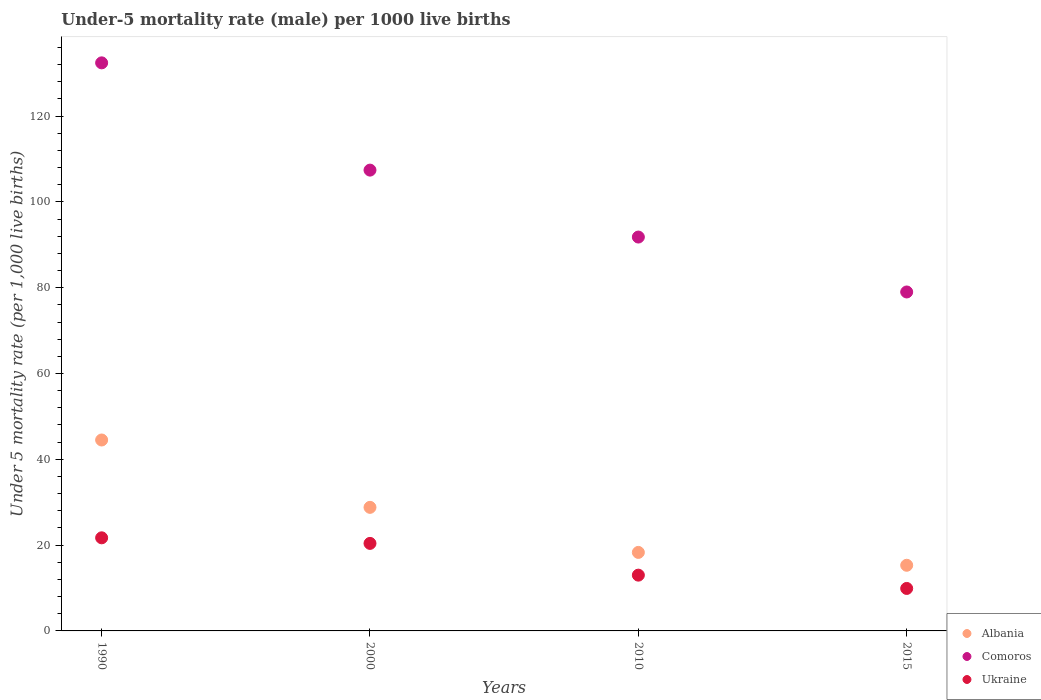
| Years | Albania | Comoros | Ukraine |
 | --- | --- | --- | --- |
 | 1990 | 44.5 | 132 | 21.7 |
 | 2000 | 28.8 | 107 | 20.4 |
 | 2010 | 18.3 | 91.8 | 13 |
 | 2015 | 15.3 | 79 | 9.9 |